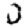
Digit: 0